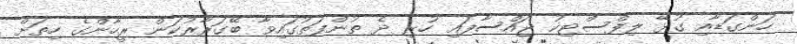
ހަންގަޑާއި ގުޅޭ ލިފްސްޓިކު ޖައްސާފައި ހުރި ދެ ތުންފަތުގައިވާ ބޭގަރާރުކަން ރީހާންގެ ހިތަށް